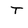
Character: T